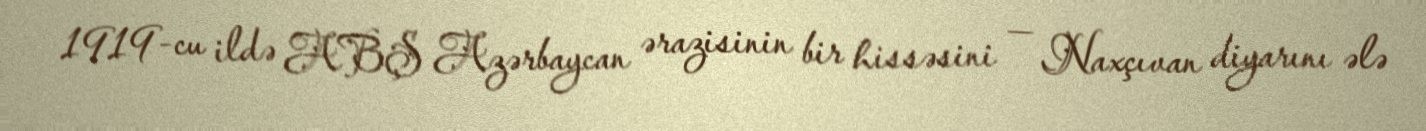
1919-cu ildə ABŞ Azərbaycan ərazisinin bir hissəsini — Naxçıvan diyarını ələ